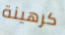
كرهينة